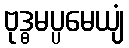
ဗုဒ္ဓမပ္ပမေယျံ